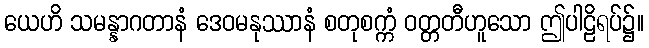
ယေဟိ သမန္နာဂတာနံ ဒေဝမနုဿာနံ စတုစက္ကံ ဝတ္တတီဟူသော ဤပါဠိရပ်၌။